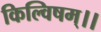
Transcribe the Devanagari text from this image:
किल्विषम्।।